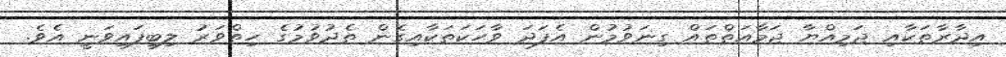
އިދާރާތަކާއި ޖަމިއްޔާ ޖަމާއަތްތައް ގިނަވުމުން އެފަދަ ވާހަކަތަކާއިގެން ތެދުވުމުގެ ހިތްވަރު ލިބިފައިވަނީ އެވެ.